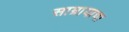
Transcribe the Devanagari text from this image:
साम्रायाचा